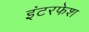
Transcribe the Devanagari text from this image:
इंटरफेश